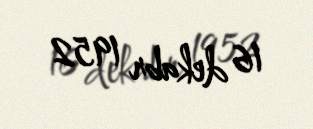
16 dekabr 1952